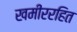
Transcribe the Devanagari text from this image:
खमीररहित